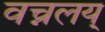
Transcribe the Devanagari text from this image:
वच्नलय्